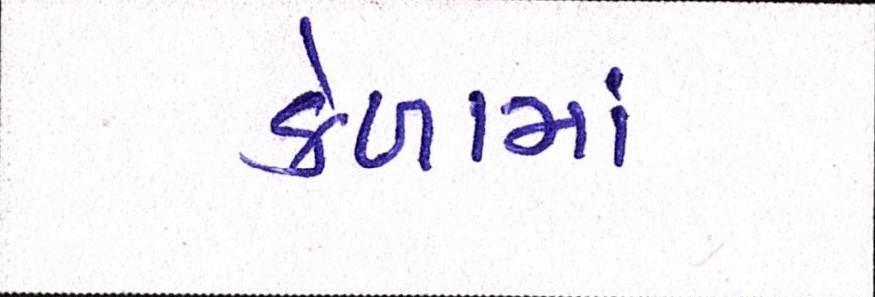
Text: કેળામાં